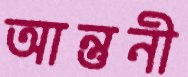
আন্তুনী